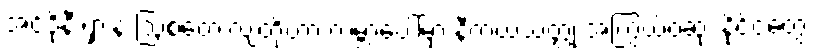
အင်ဒိုနီးရှားနဲ့ ဩစတေးလျတို့ဟာ ကမ္ဘာပေါ်မှာ နီကယ်သတ္တု အကြွယ်ဝဆုံး နိုင်ငံတွေ